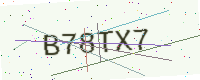
Text: B78TX7